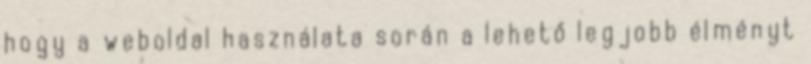
hogy a weboldal használata során a lehető legjobb élményt